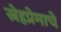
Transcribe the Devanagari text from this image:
स्नेहप्रेमाचे